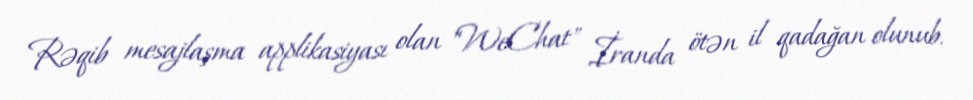
Rəqib mesajlaşma applikasiyası olan "WeChat" İranda ötən il qadağan olunub.